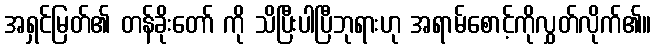
အရှင်မြတ်၏ တန်ခိုးတော် ကို သိပြီးပါပြီဘုရားဟု အရာမ်စောင့်ကိုလွှတ်လိုက်၏။